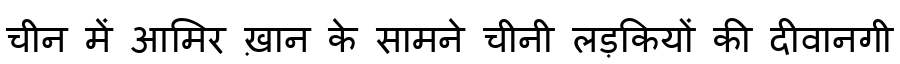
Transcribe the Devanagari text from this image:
चीन में आमिर ख़ान के सामने चीनी लड़कियों की दीवानगी